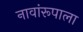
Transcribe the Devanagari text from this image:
नावांरूपाला